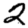
Digit: 2